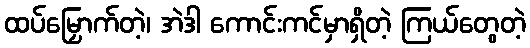
ထပ်မြှောက်တဲ့၊ အဲဒါ ကောင်းကင်မှာရှိတဲ့ ကြယ်တွေတဲ့